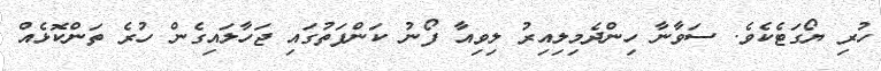
ހުރި ޔޯގަޓެކެވެ. ސަވާނާ ހިންދެމިލިއިރު ލިވިއާ ފޯނު ކަންފަތުގައި ޖަހާލައިގެން ހުރެ ތަންކޮޅެއް